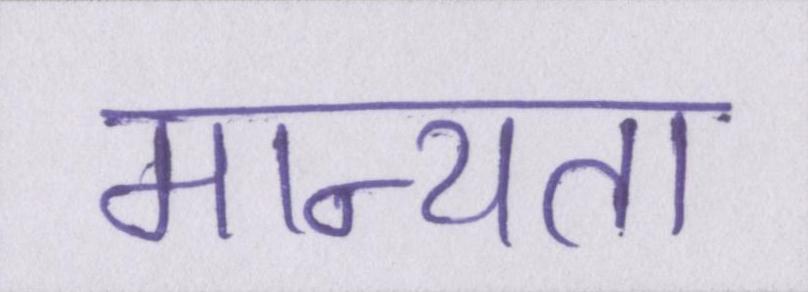
मान्यता